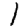
Digit: 1